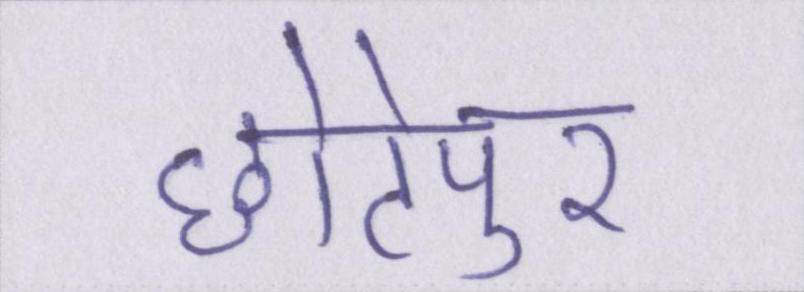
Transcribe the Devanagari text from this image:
छोटेपुर